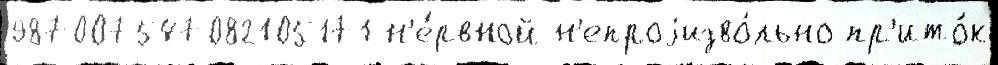
987007547082105171 н'е́рвной н'епроjизво́льно пр'ито́к